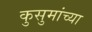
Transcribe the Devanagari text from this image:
कुसुमांच्या